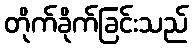
တိုက်ခိုက်ခြင်းသည်